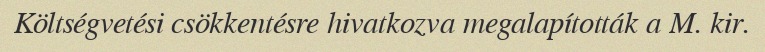
Költségvetési csökkentésre hivatkozva megalapították a M. kir.